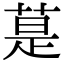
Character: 𦳚